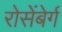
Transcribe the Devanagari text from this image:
रोसेंबेर्ग